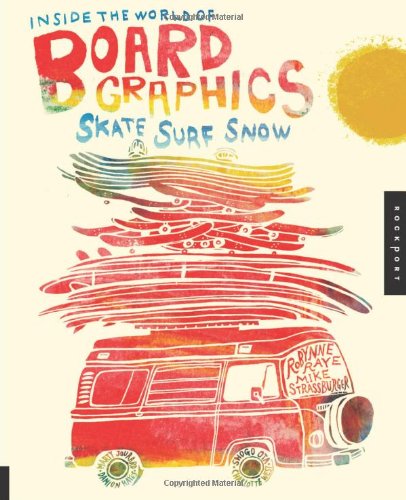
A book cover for Inside the World of Board Graphics: Skate, Surf, Snow; Robynne Raye; Sports & Outdoors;